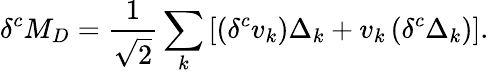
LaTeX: \delta^{c}M_{D}=\frac{1}{\sqrt{2}}\sum_{k}\left[\left(\delta^{c}v_{k}\right)\Delta_{k}+v_{k}\left(\delta^{c}\Delta_{k}\right)\right].